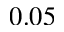
0 . 0 5